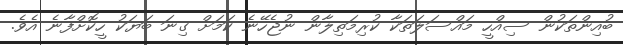
ބުއިންތަކުން ސިއްހީ މައްސަލަތަކާ ކުރިމަތިލާން ނުޖެހޭނެ ކަމަށް ގިނަ ބަޔަކު ހީކޮށްފާނެ އެވެ.